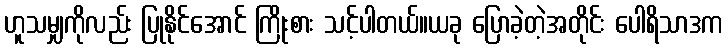
ဟူသမျှကိုလည်း ပြုနိုင်အောင် ကြိုးစား သင့်ပါတယ်။ယခု ပြောခဲ့တဲ့အတိုင်း ပေါရိသာဒက